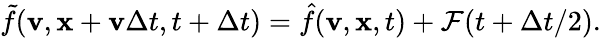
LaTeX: \tilde{f}(\mathbf v,\mathbf x+\mathbf v\Delta t,t+\Delta t)=\hat{f}(\mathbf v,\mathbf x,t)+\mathcal F(t+\Delta t/2).